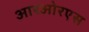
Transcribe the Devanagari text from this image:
आरओरएस